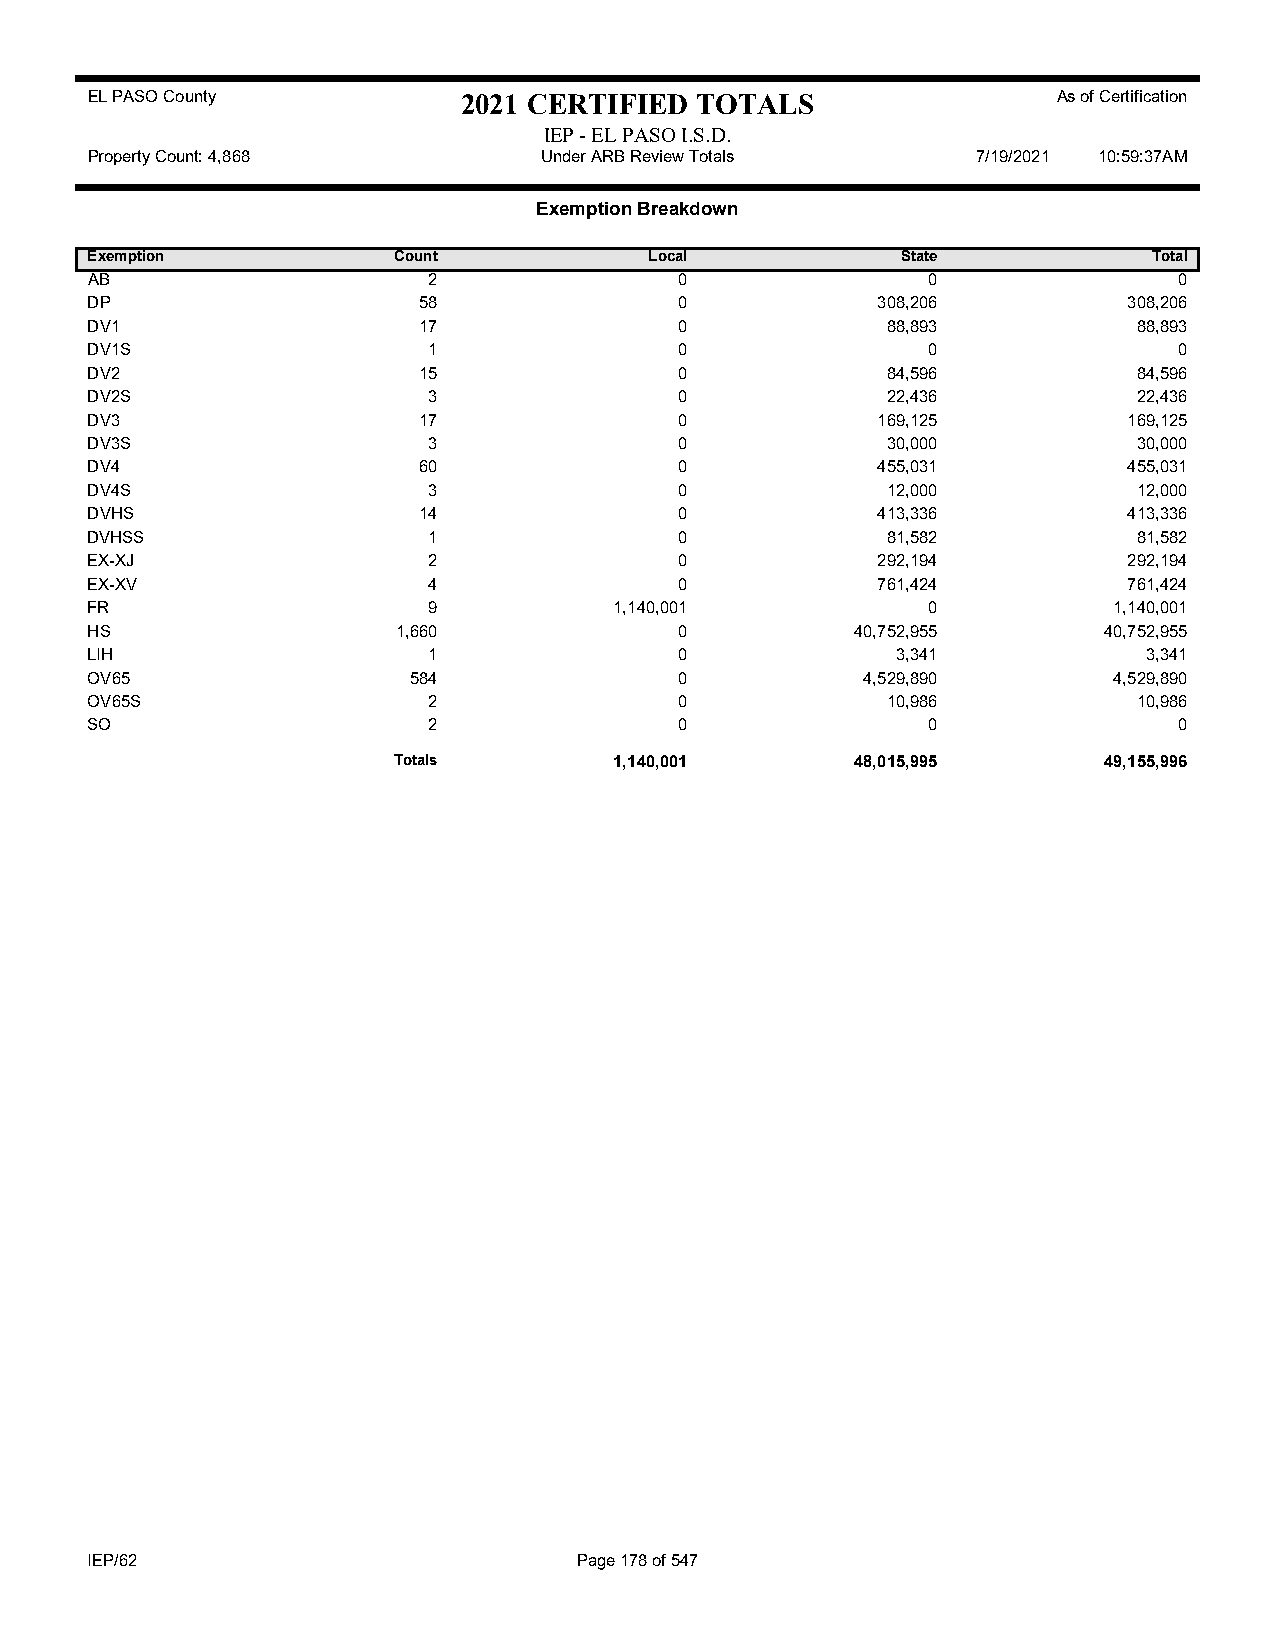
EL PASO County           2021 CERTIFIED TOTALS                  As of Certification
 IEP - EL PASO I.S.D.
 Property Count: 4,868         Under ARB Review Totals      7/19/2021 10:59:37AM
 Exemption Breakdown
 Exemption           Count            Local            State           Total
 AB                    2                0               0                0
 DP                    58               0            308,206          308,206
 DV1                   17               0             88,893          88,893
 DV1S                  1                0               0                0
 DV2                   15               0             84,596          84,596
 DV2S                  3                0             22,436          22,436
 DV3                   17               0            169,125          169,125
 DV3S                  3                0             30,000          30,000
 DV4                   60               0            455,031          455,031
 DV4S                  3                0             12,000          12,000
 DVHS                  14               0            413,336          413,336
 DVHSS                 1                0             81,582          81,582
 EX-XJ                 2                0            292,194          292,194
 EX-XV                 4                0            761,424          761,424
 FR                    9            1,140,001           0            1,140,001
 HS                  1,660              0           40,752,955      40,752,955
 LIH                   1                0             3,341            3,341
 OV65                 584               0           4,529,890        4,529,890
 OV65S                 2                0             10,986          10,986
 SO                    2                0               0                0
 Totals         1,140,001       48,015,995      49,155,996
 IEP/62                          Page 178 of 547